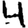
Digit: 4